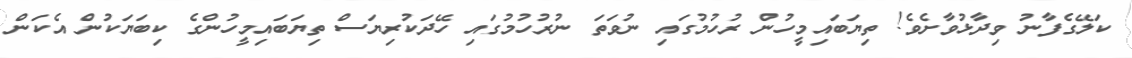
ކަލޭގެފާނު ވިދާޅުވާށެވެ! ތިޔަބައިމީހުން ރުހުމުގައި ނުވަތަ ނުރުހުމުގައި ހޭދަކުރިޔަސް ތިޔަބައިމީހުންގެ ކިބަޔަކުން އެކަން